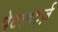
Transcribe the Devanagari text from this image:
पेटाहर्ट्ज़